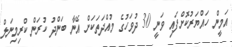
އަމީން ހައްޔަރުކޮޮށްފައި ވަނީ 30 ދުވަހުގެ މުއްދަތަކަށް އޭނާ ބަންދު ކުރަން ކްރިމިނަލް